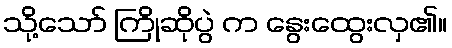
သို့သော် ကြိုဆိုပွဲ က နွေးထွေးလှ၏။